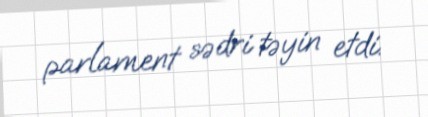
parlament sədri təyin etdi.